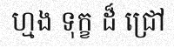
ហ្មង ទុក្ខ ដ៏ ជ្រៅ